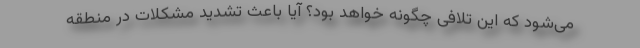
می‌شود که این تلافی چگونه خواهد بود؟ آیا باعث تشدید مشکلات در منطقه